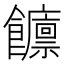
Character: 𲋡